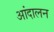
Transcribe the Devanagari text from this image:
आंदालन